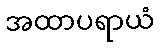
အထာပရာယံ